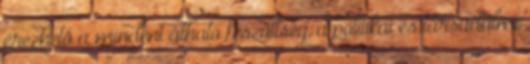
érezhető a mindent átható feszültség, a politikai és társadalmi